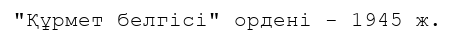
"Құрмет белгісі" ордені - 1945 ж.